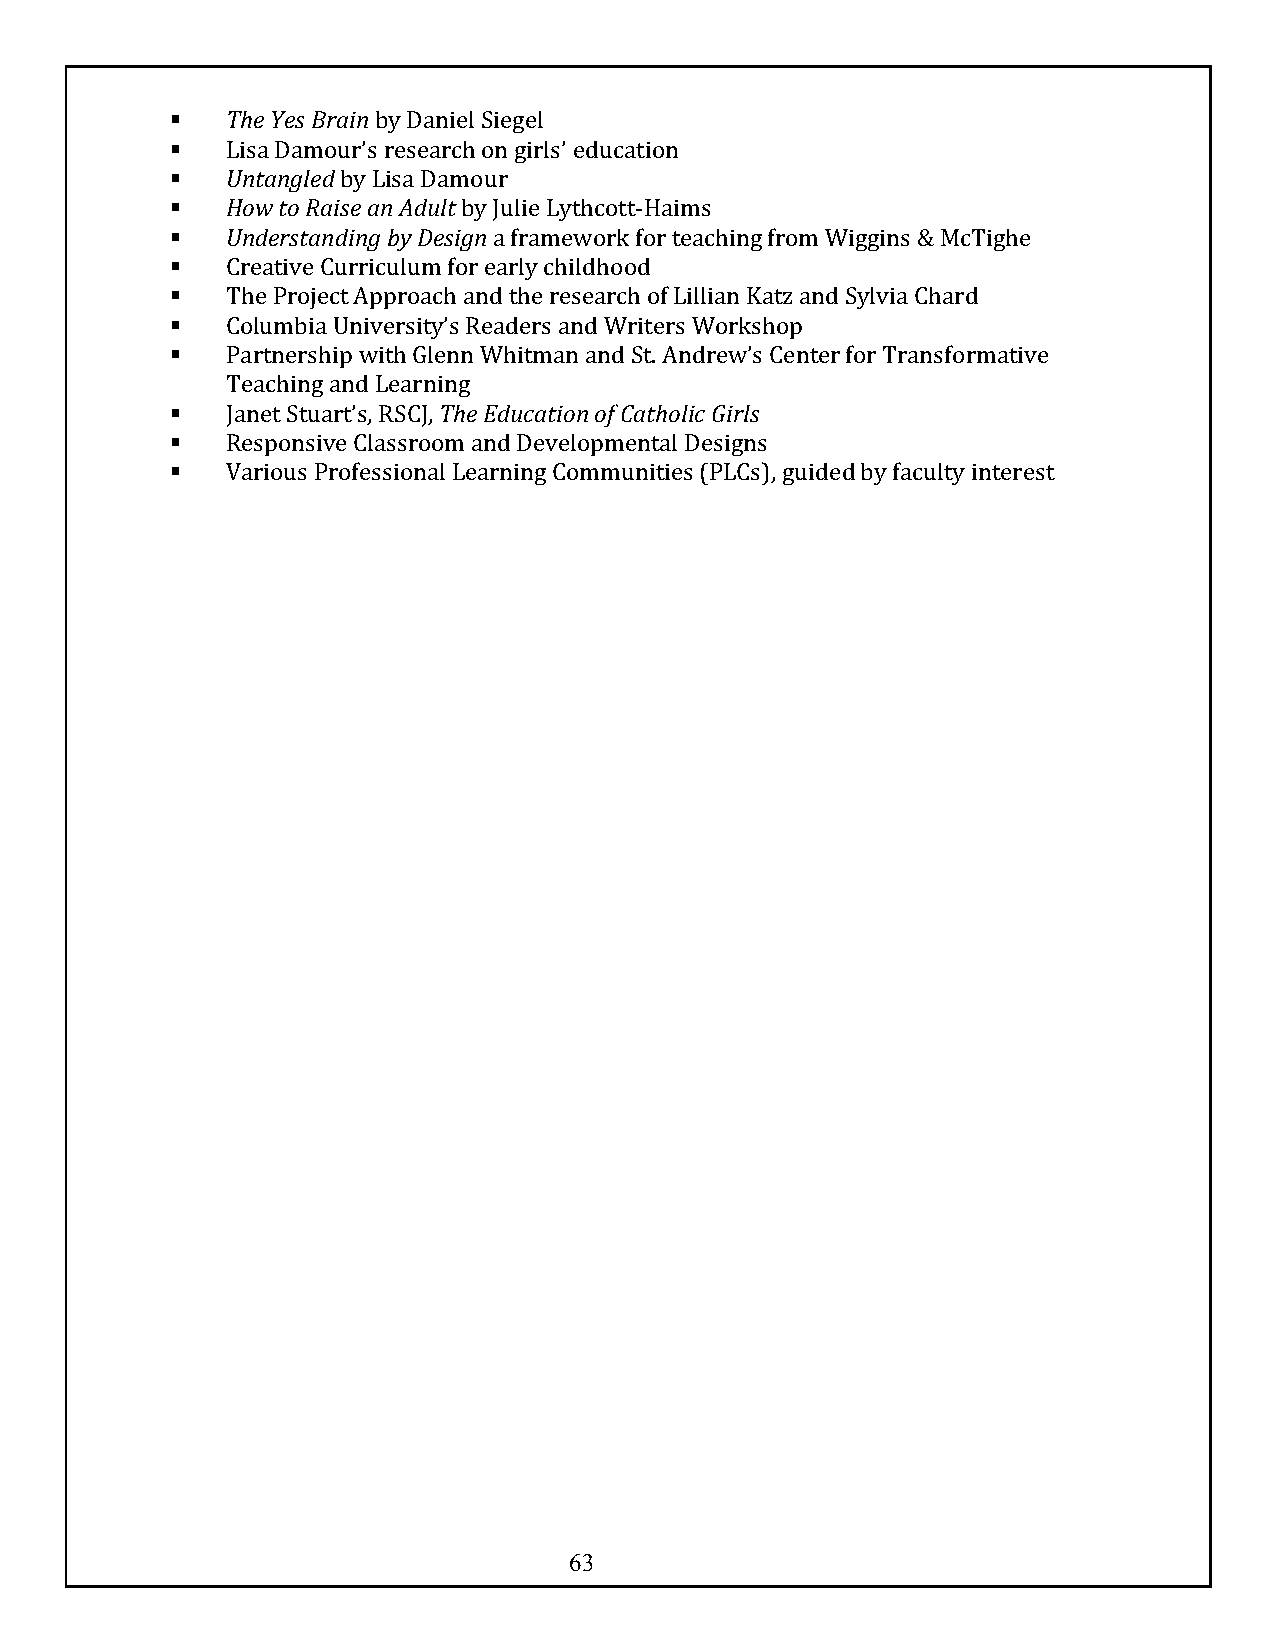
§   The Yes Brain by Daniel Siegel
 §   Lisa Damour’s research on girls’ education
 §   Untangled by Lisa Damour
 §   How to Raise an Adult by Julie Lythcott-Haims
 §   Understanding by Design a framework for teaching from Wiggins & McTighe
 §   Creative Curriculum for early childhood
 §   The Project Approach and the research of Lillian Katz and Sylvia Chard
 §   Columbia University’s Readers and Writers Workshop
 §   Partnership with Glenn Whitman and St. Andrew’s Center for Transformative
 Teaching and Learning
 §   Janet Stuart’s, RSCJ, The Education of Catholic Girls
 §   Responsive Classroom and Developmental Designs
 §   Various Professional Learning Communities (PLCs), guided by faculty interest
 63